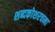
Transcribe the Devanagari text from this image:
शब्दकोशरचना